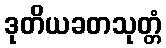
ဒုတိယခတသုတ္တံ